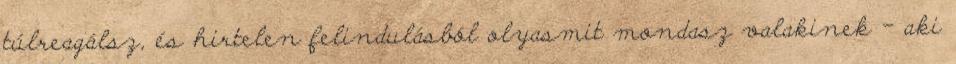
túlreagálsz, és hirtelen felindulásból olyasmit mondasz valakinek – aki